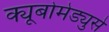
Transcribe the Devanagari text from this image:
क्यूबोमेड्युसे